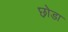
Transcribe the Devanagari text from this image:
छ़ोडा